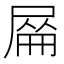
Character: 𡲜